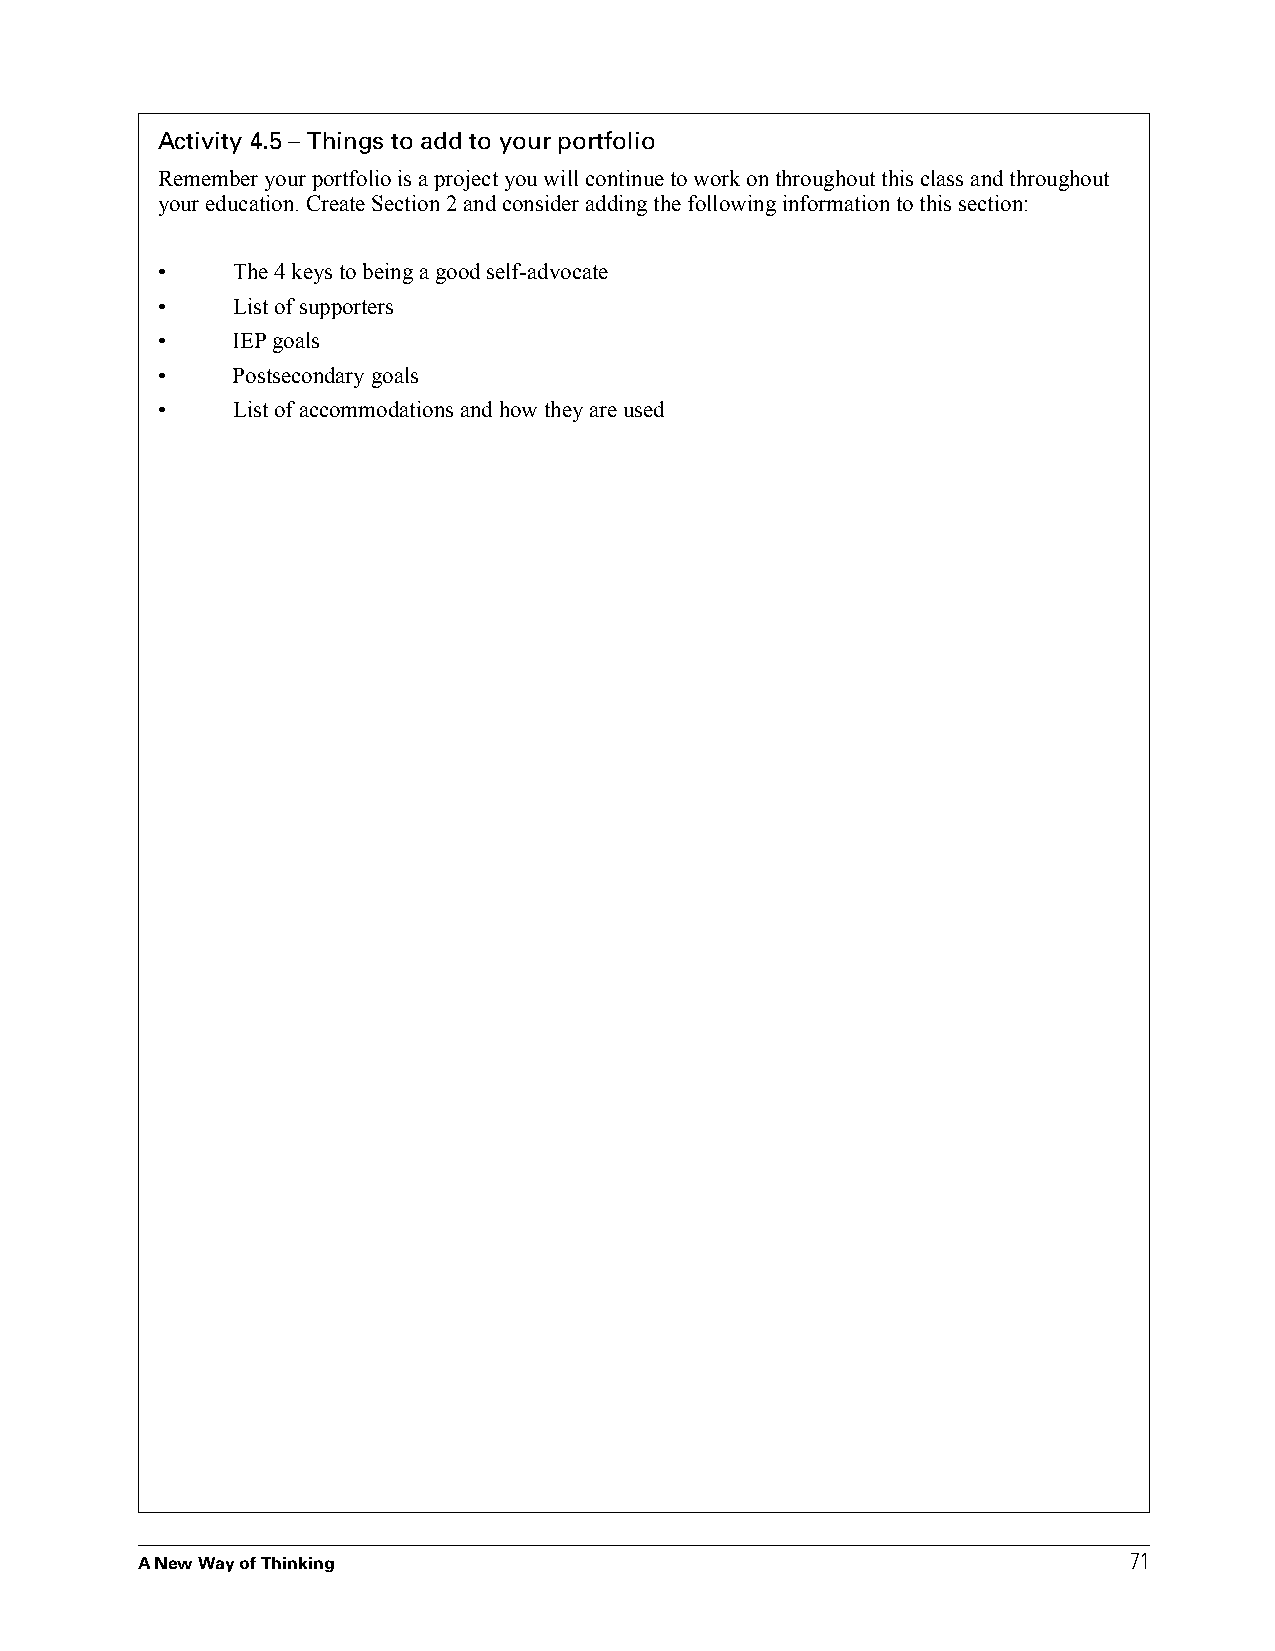
Activity 4.5 – Things to add to your portfolio
 Remember your portfolio is a project you will continue to work on throughout this class and throughout
 your education. Create Section 2 and consider adding the following information to this section:
 •    The 4 keys to being a good self-advocate
 •    List of supporters
 •    IEP goals
 •    Postsecondary goals
 •    List of accommodations and how they are used
 71
 A New Way of Thinking